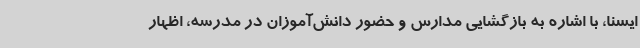
ایسنا، با اشاره به بازگشایی مدارس و حضور دانش‌آموزان در مدرسه، اظهار